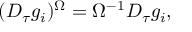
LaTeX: ( D _ { \tau } g _ { i } ) ^ { \Omega } = \Omega ^ { - 1 } D _ { \tau } g _ { i } ,